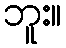
ဘူး။